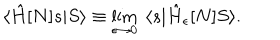
LaTeX: \langle \hat { H } [ N ] s | S \rangle \equiv \lim _ { \epsilon \to 0 } \ \langle s | \hat { H } _ { \epsilon } [ N ] S \rangle .